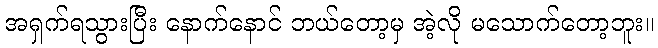
အရှက်ရသွားပြီး နောက်နောင် ဘယ်တော့မှ အဲ့လို မသောက်တော့ဘူး။